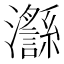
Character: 𪸅